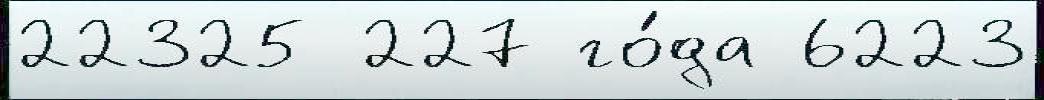
22325 227 го́да 6223